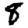
Digit: 8